Annual report on the working of the lock hospitals in the North-Western Provinces and Oudh
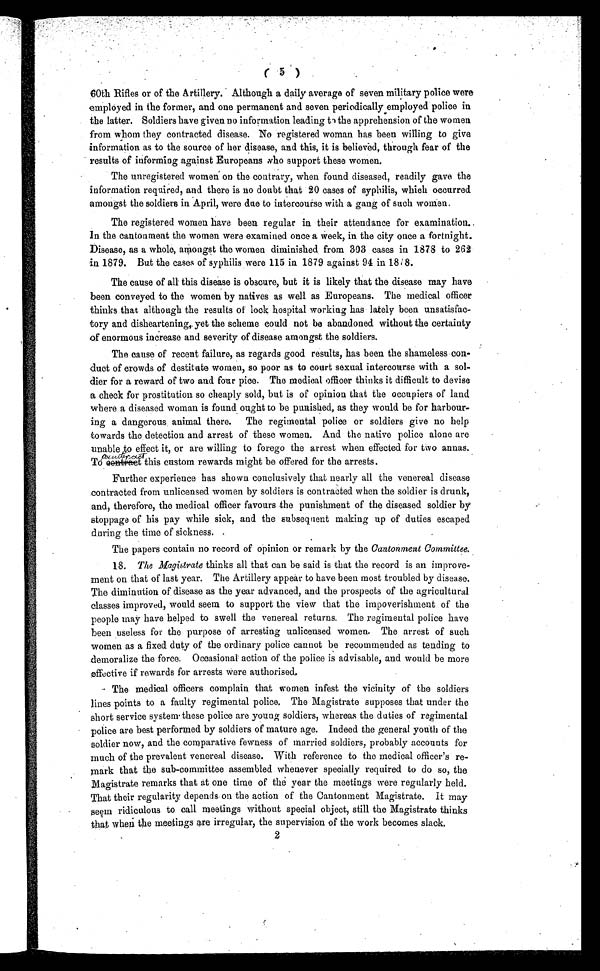
( 5 )
60th Rifles or of the Artillery. Although a daily average of seven military police were
employed in the former, and one permanent and seven periodically employed police in
the latter. Soldiers have given no information leading to the apprehension of the women
from whom they contracted disease. No registered woman has been willing to give
information as to the source of her disease, and this, it is believed, through fear of the
results of informing against Europeans who support these women.
The unregistered women on the contrary, when found diseased, readily gave the
information required, and there is no doubt that 20 cases of syphilis, which occurred
amongst the soldiers in April, were due to intercourse with a gang of such women.
The registered women have been regular in their attendance for examination.
In the cantonment the women were examined once a Week, in the city once a fortnight.
Disease, as a whole, amongst the women diminished, from 303 cases in 1878 to 262
in 1879. But the cases of syphilis were 115 in 1879 against 94 in 1818.
The cause of all this disease is obscure, but it is likely that the disease may have
been conveyed to the women by natives as well as Europeans. The medical officer
thinks that although the results of lock hospital working has lately been unsatisfac
tory and disheartening, yet the scheme could not be abandoned without the certainty
of enormous increase and severity of disease amongst the soldiers.
The cause of recent failure, as regards good results, has been the shameless con
duct of crowds of destitute women, so poor as to court sexual intercourse with a sol
dier for a reward of two and four pice. The medical officer thinks it difficult to devise
a check for prostitution so cheaply sold, but is of opinion that the occupiers of land
where a diseased woman is found ought to be punished, as they would be for harbour
ing a dangerous animal there. The regimental police or soldiers give no help
towards the detection and arrest of these women. And the native police alone are
unable to effect it, or are willing to forego the arrest when effected for two annas.
To counteract this custom rewards might be offered for the arrests.
Further experience has shown conclusively that nearly all the venereal disease
contracted from unlicensed women by soldiers is contracted when the soldier is drunk,
and, therefore, the medical officer favours the punishment of the diseased soldier by
stoppage of his pay while sick, and the subsequent making up of duties escaped
during the time of sickness.
The papers contain no record of opinion or remark by the Cantonment Committee.
18. The Magistrate thinks all that can be said is that the record is an improve
ment on that of last year. The Artillery appear to have been most troubled by disease.
The diminution of disease as the year advanced, and the prospects of the agricultural
classes improved, would seem to support the view that the impoverishment of the
people may have helped to swell the venereal returns. The regimental police have
been useless for the purpose of arresting unlicensed women. The arrest of such
women as a fixed duty of the ordinary police cannot be recommended as tending to
demoralize the force. Occasional action of the police is advisable, and would be more
effective if rewards for arrests were authorised.
The medical officers complain that women infest the vicinity of the soldiers
lines points to a faulty regimental police. The Magistrate supposes that under the
short service system these police are young soldiers, whereas the duties of regimental
police are best performed by soldiers of mature age. Indeed the general youth of the
soldier now, and the comparative fewness of married soldiers, probably accounts for
much of the prevalent venereal disease. With reference to the medical officer's re
mark that the sub-committee assembled whenever specially required to do so, the
Magistrate remarks that at one time of the year the meetings were regularly held.
That their regularity depends on the action of the Cantonment Magistrate. It may
seem ridiculous to call meetings without special object, still the Magistrate thinks
that when the meetings are irregular, the supervision of the work becomes slack.
2